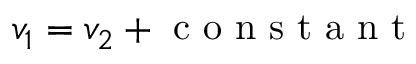
v _ { 1 } = v _ { 2 } + \mathrm { ~ c ~ o ~ n ~ s ~ t ~ a ~ n ~ t ~ }